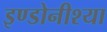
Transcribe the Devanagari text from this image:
इण्डोनीश्या